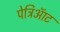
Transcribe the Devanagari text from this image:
पेट्रिऑट